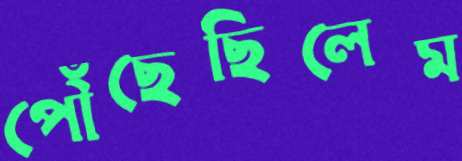
পৌঁছেছিলেম